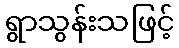
ရွာသွန်းသဖြင့်